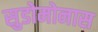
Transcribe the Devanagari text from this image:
सुडोमोनास